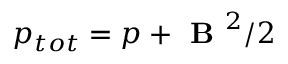
p _ { t o t } = p + \textbf { B } ^ { 2 } / 2